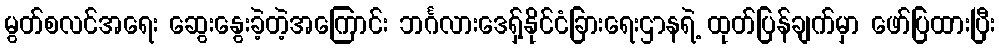
မွတ်စလင်အရေး ဆွေးနွေးခဲ့တဲ့အကြောင်း ဘင်္ဂလားဒေရှ့်နိုင်ငံခြားရေးဌာနရဲ့ ထုတ်ပြန်ချက်မှာ ဖော်ပြထားပြီး